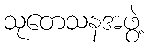
သုတေသနအဖွဲ့